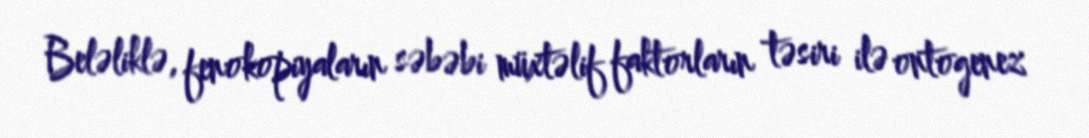
Beləliklə, fenokopiyaların səbəbi müxtəlif faktorların təsiri ilə ontogenez